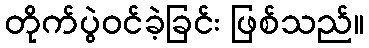
တိုက်ပွဲဝင်ခဲ့ခြင်း ဖြစ်သည်။